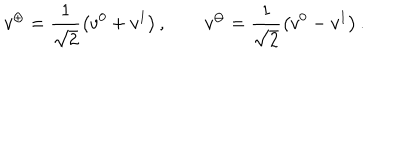
LaTeX: v ^ { \oplus } = \frac { 1 } { \sqrt { 2 } } \left( v ^ { 0 } + v ^ { 1 } \right) , \qquad v ^ { \ominus } = \frac { 1 } { \sqrt { 2 } } \left( v ^ { 0 } - v ^ { 1 } \right) .